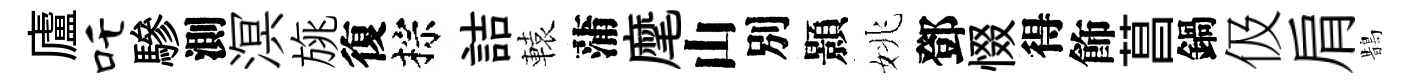
廬吒驂測溟旐復棕詰轅蒲麾山別顥姚鄧惙得飾菖鍋伋肩鵲